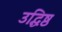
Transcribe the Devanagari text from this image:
उद्धिष्ठ